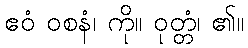
ဧဝံ ဝစနံ၊ ကို။ ဝုတ္တံ၊ ၏။